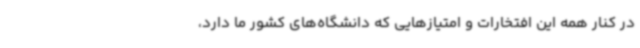
در کنار همه این افتخارات و امتیازهایی که دانشگاه‌های کشور ما دارد،